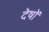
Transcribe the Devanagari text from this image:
देषों